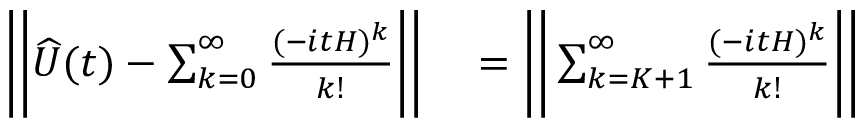
\begin{array} { r l } { \bigg \vert \bigg \vert \widehat { U } ( t ) - \sum _ { k = 0 } ^ { \infty } \frac { ( - i t H ) ^ { k } } { k ! } \bigg \vert \bigg \vert } & { { } = \bigg \vert \bigg \vert \sum _ { k = K + 1 } ^ { \infty } \frac { ( - i t H ) ^ { k } } { k ! } \bigg \vert \bigg \vert } \end{array}